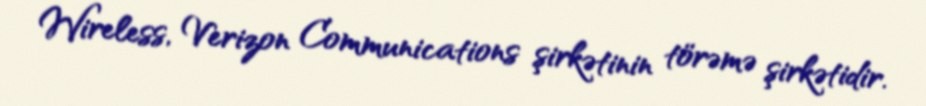
Wireless, Verizon Communications şirkətinin törəmə şirkətidir.